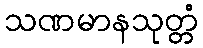
သဏမာနသုတ္တံ